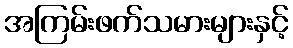
အကြမ်းဖက်သမားများနှင့်